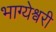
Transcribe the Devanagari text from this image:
भाग्येश्वरी